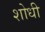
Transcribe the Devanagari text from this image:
शोधी